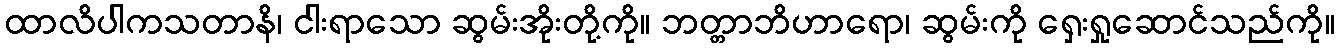
ထာလိပါကသတာနိ၊ ငါးရာသော ဆွမ်းအိုးတို့ကို။ ဘတ္တာဘိဟာရော၊ ဆွမ်းကို ရှေးရှုဆောင်သည်ကို။